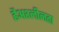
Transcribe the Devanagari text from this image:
हैअश्लीलता